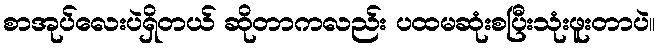
စာအုပ်လေးပဲရှိတယ် ဆိုတာကလည်း ပထမဆုံးစပြီးသုံးဖူးတာပဲ။